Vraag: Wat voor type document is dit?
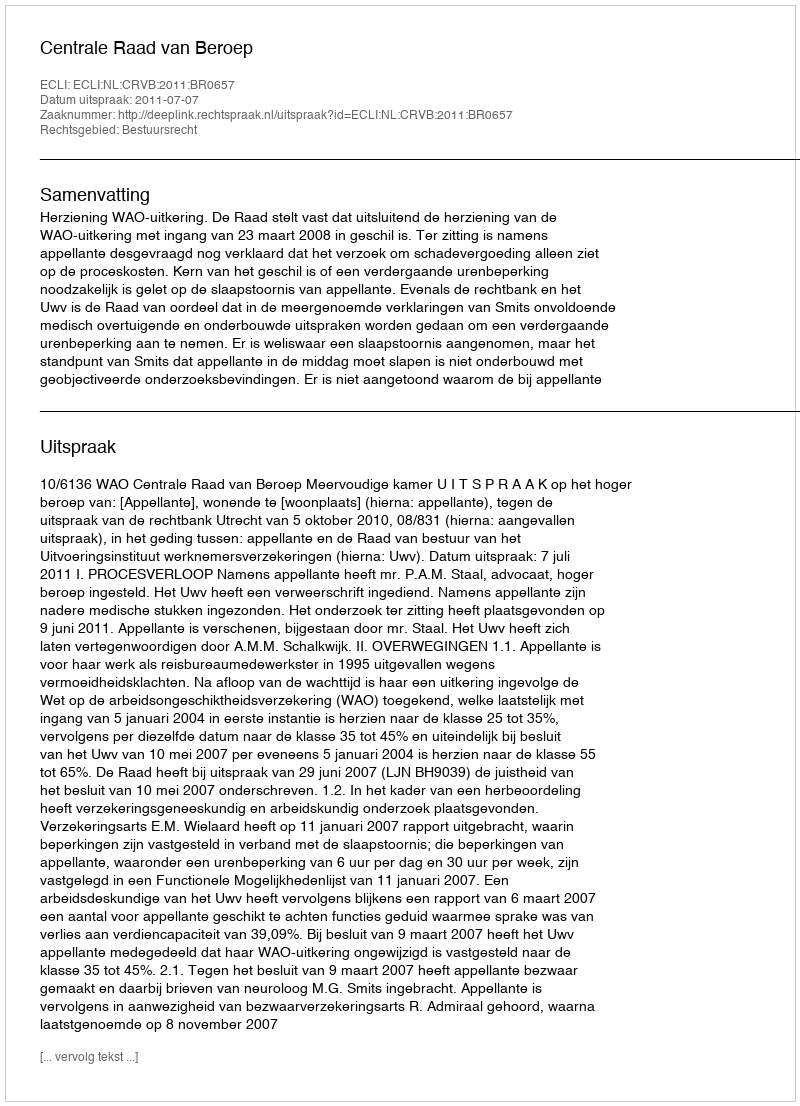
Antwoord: Uitspraak